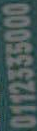
0112335000